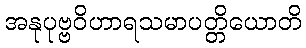
အနုပုဗ္ဗဝိဟာရသမာပတ္တိယောတိ